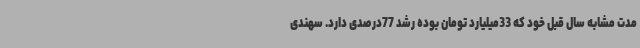
مدت مشابه سال قبل خود که 33میلیارد تومان بوده رشد 77درصدی دارد. سهندی